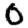
Digit: 0